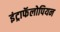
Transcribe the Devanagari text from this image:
इंट्राफॅलोपियन